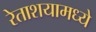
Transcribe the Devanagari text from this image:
रेताशयामध्ये